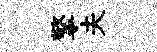
擎夫